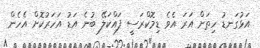
އަޅުގަނޑު ހިތަށް އަރަ އެވެ ޑިމޮކްރަސީ ފައްކަލޭ ބުނެ އަޑު އަހަރުކޮށް އެހެން